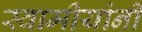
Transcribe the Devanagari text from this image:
स्वामीयांनी